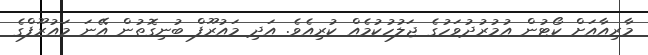
މާރިއާއަށް ކޯޓުން އުމުރުދުވަހުގެ ޖަލުހުކުމެއް ކުރިއެވެ. އަދި މައުރޫފް ބުނިގޮތުން އޭނަ މައުރޫފްގެ